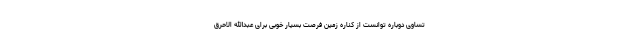
تساوی دوباره توانست از کناره زمین فرصت بسیار خوبی برای عبدالله الاحرق